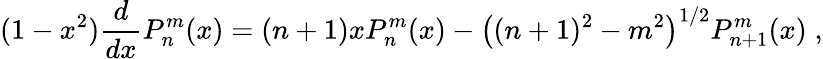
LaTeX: (1-x^{2})\frac{d}{dx}P_{n}^{m}(x)=(n+1)xP_{n}^{m}(x)-\left((n+1)^{2}-m^{2}\right)^{1/2}P_{n+1}^{m}(x)\; ,